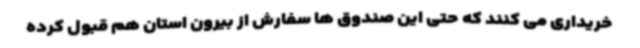
خریداری می کنند که حتی این صندوق ها سفارش از بیرون استان هم قبول کرده